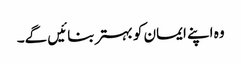
وہ اپنے ایمان کو بہتر بنائیں گے۔